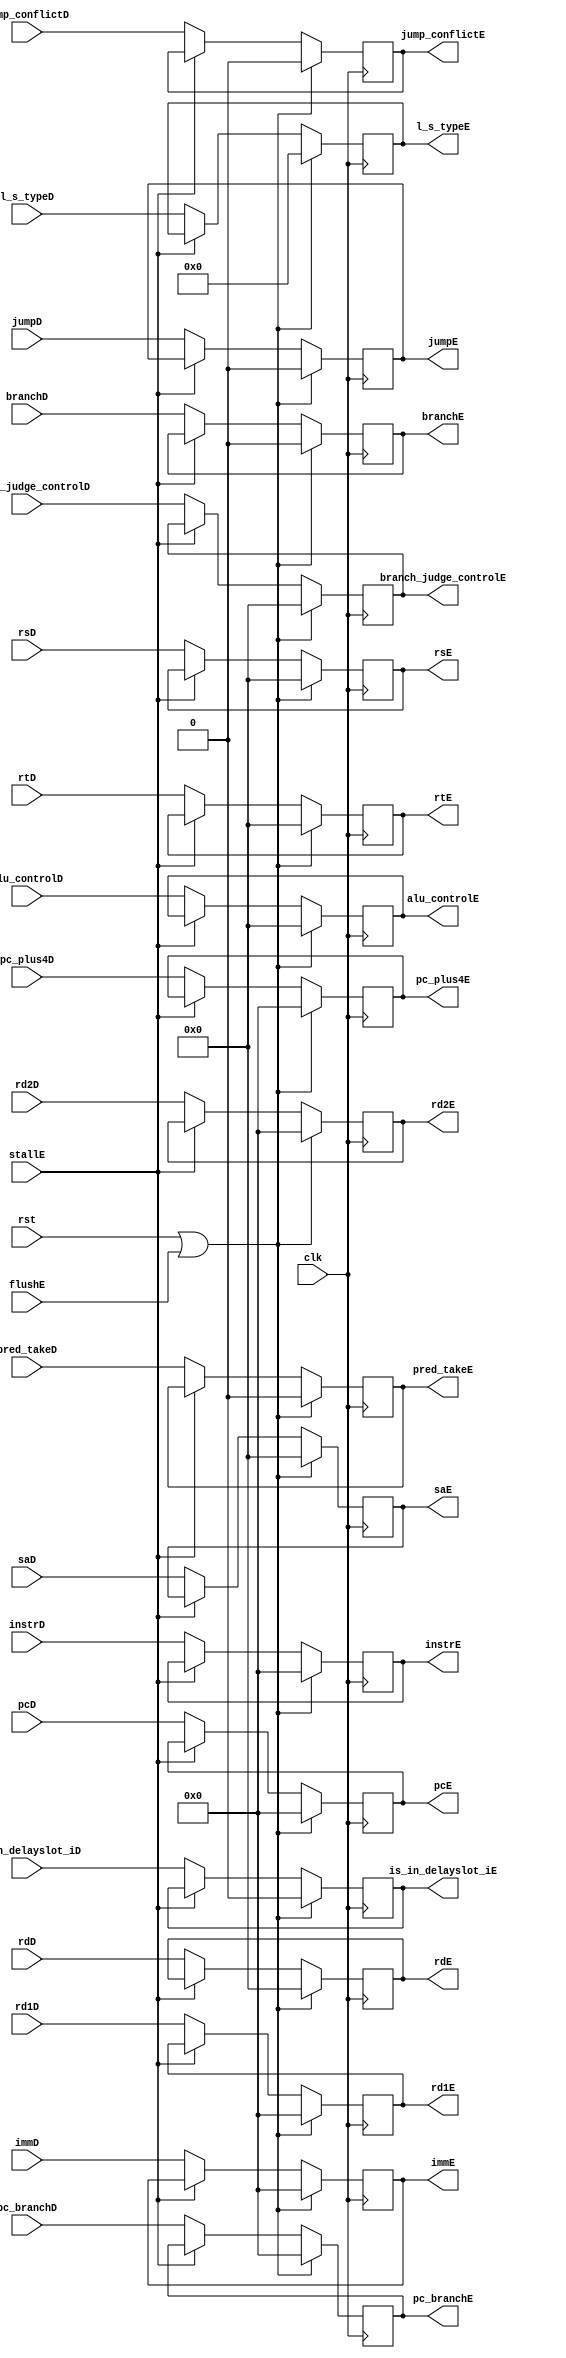
module id_ex (
    input wire clk, rst,
    input wire stallE,
    input wire flushE,
    input wire [31:0] pcD,
    input wire [31:0] rd1D, rd2D,
    input wire [4:0] rsD, rtD, rdD,
    input wire [31:0] immD,
    input wire [31:0] pc_plus4D,
    input wire [31:0] instrD,
    input wire [31:0] pc_branchD,
    input wire pred_takeD,
    input wire branchD,
    input wire jump_conflictD,
    input wire [4:0] saD,
    input wire is_in_delayslot_iD,
    input wire [4:0] alu_controlD,
    input wire jumpD,
    input wire [4:0] branch_judge_controlD,
    input wire [7:0] l_s_typeD,


    output reg [31:0] pcE,
    output reg [31:0] rd1E, rd2E,
    output reg [4:0] rsE, rtE, rdE,
    output reg [31:0] immE,
    output reg [31:0] pc_plus4E,
    output reg [31:0] instrE,
    output reg [31:0] pc_branchE,
    output reg pred_takeE,
    output reg branchE,
    output reg jump_conflictE,    
    output reg [4:0] saE,        
    output reg is_in_delayslot_iE,
    output reg [4:0] alu_controlE,
    output reg jumpE,
    output reg [4:0] branch_judge_controlE,
    output reg [7:0] l_s_typeE
);
    always @(posedge clk) begin
        if(rst | flushE) begin
            pcE                     <=   0 ;
            rd1E                    <=   0 ;
            rd2E                    <=   0 ;
            rsE                     <=   0 ;
            rtE                     <=   0 ;
            rdE                     <=   0 ;
            immE                    <=   0 ;
            pc_plus4E               <=   0 ;
            instrE                  <=   0 ;
            pc_branchE              <=   0 ;
            pred_takeE              <=   0 ;
            branchE                 <=   0 ;
            jump_conflictE          <=   0 ;
            saE                     <=   0 ;
            is_in_delayslot_iE      <=   0 ;
            alu_controlE            <=   0 ;
            jumpE                   <=   0 ;
            branch_judge_controlE   <=   0 ;
            l_s_typeE               <=   0 ;
        end 
        else if(~stallE) begin
            pcE                     <= pcD                  ;
            rd1E                    <= rd1D                 ;
            rd2E                    <= rd2D                 ;
            rsE                     <= rsD                  ;
            rtE                     <= rtD                  ;
            rdE                     <= rdD                  ;
            immE                    <= immD                 ;
            pc_plus4E               <= pc_plus4D            ;
            instrE                  <= instrD               ;
            pc_branchE              <= pc_branchD           ;
            pred_takeE              <= pred_takeD           ;
            branchE                 <= branchD              ;
            jump_conflictE          <= jump_conflictD       ;
            saE                     <= saD                  ;
            is_in_delayslot_iE      <= is_in_delayslot_iD   ;
            alu_controlE            <= alu_controlD         ;
            jumpE                   <= jumpD                ;
            branch_judge_controlE   <= branch_judge_controlD;
            l_s_typeE               <= l_s_typeD            ;
        end
    end
endmodule